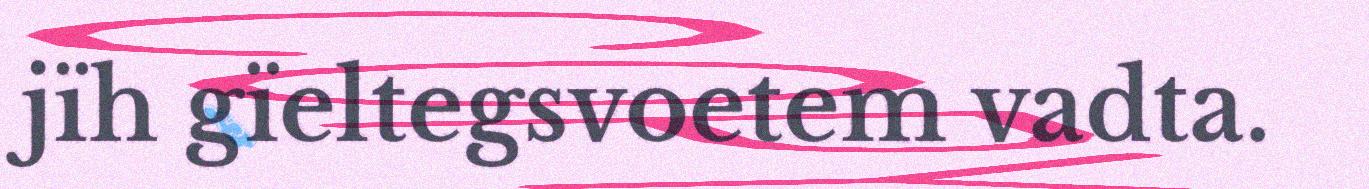
jïh gïeltegsvoetem vadta.